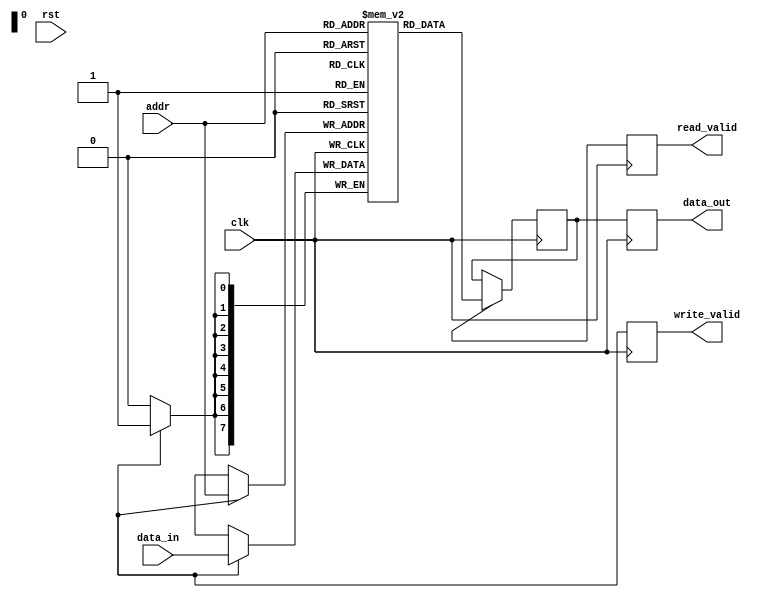
module memory_controller(
    input wire clk,
    input wire rst,
    input wire [7:0] addr,
    input wire [7:0] data_in,
    output reg [7:0] data_out,
    output reg read_valid,
    output reg write_valid
);

// Declaration of state machine states
parameter IDLE = 3'b000;
parameter READ = 3'b001;
parameter WRITE = 3'b010;

// Declaration of state machine signals
reg [2:0] state;
reg [2:0] next_state;

// Declaration of register file
reg [7:0] reg_file[0:255]; // Register file with 256 address locations

// Declaration of memory interface
reg mem_data_out;
reg mem_read_valid;
reg mem_write_valid;

// Declaration of control signals
reg read_en;
reg write_en;

// Declaration of data path signals
reg [7:0] data_out_reg;

// State machine implementation
always @ (posedge clk or posedge rst) begin
    if (rst) begin
        state <= IDLE;
    end else begin
        state <= next_state;
    end
end

// State transitions and control logic
always @ (*) begin
    case (state)
        IDLE: begin
            if (read_valid) begin
                next_state = READ;
            end else if (write_valid) begin
                next_state = WRITE;
            end else begin
                next_state = IDLE;
            end
        end
        READ: begin
            if (mem_read_valid) begin
                next_state = IDLE;
            end else begin
                next_state = READ;
            end
        end
        WRITE: begin
            if (mem_write_valid) begin
                next_state = IDLE;
            end else begin
                next_state = WRITE;
            end
        end
        default: next_state = IDLE;
    endcase
end

// Register file read and write operations
always @ (posedge clk) begin
    if (read_en) begin
        data_out_reg <= reg_file[addr];
    end
    if (write_en) begin
        reg_file[addr] <= data_in;
    end
end

// Data path implementation
always @ (posedge clk) begin
    data_out <= data_out_reg;
    read_valid <= read_en;
    write_valid <= write_en;
end

// Memory interface implementation
always @ (posedge clk) begin
    if (state == READ) begin
        mem_data_out <= reg_file[addr];
        mem_read_valid <= 1'b1;
        mem_write_valid <= 1'b0;
    end else if (state == WRITE) begin
        mem_data_out <= data_in;
        mem_read_valid <= 1'b0;
        mem_write_valid <= 1'b1;
    end else begin
        mem_read_valid <= 1'b0;
        mem_write_valid <= 1'b0;
    end
end

endmodule